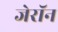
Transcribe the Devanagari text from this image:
जेरॉन